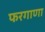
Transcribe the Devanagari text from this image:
फरगाणा